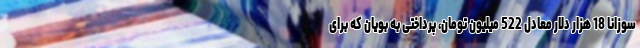
سوزانا 18 هزار دلار معادل 522 میلیون تومان، پرداختی به بویان که برای